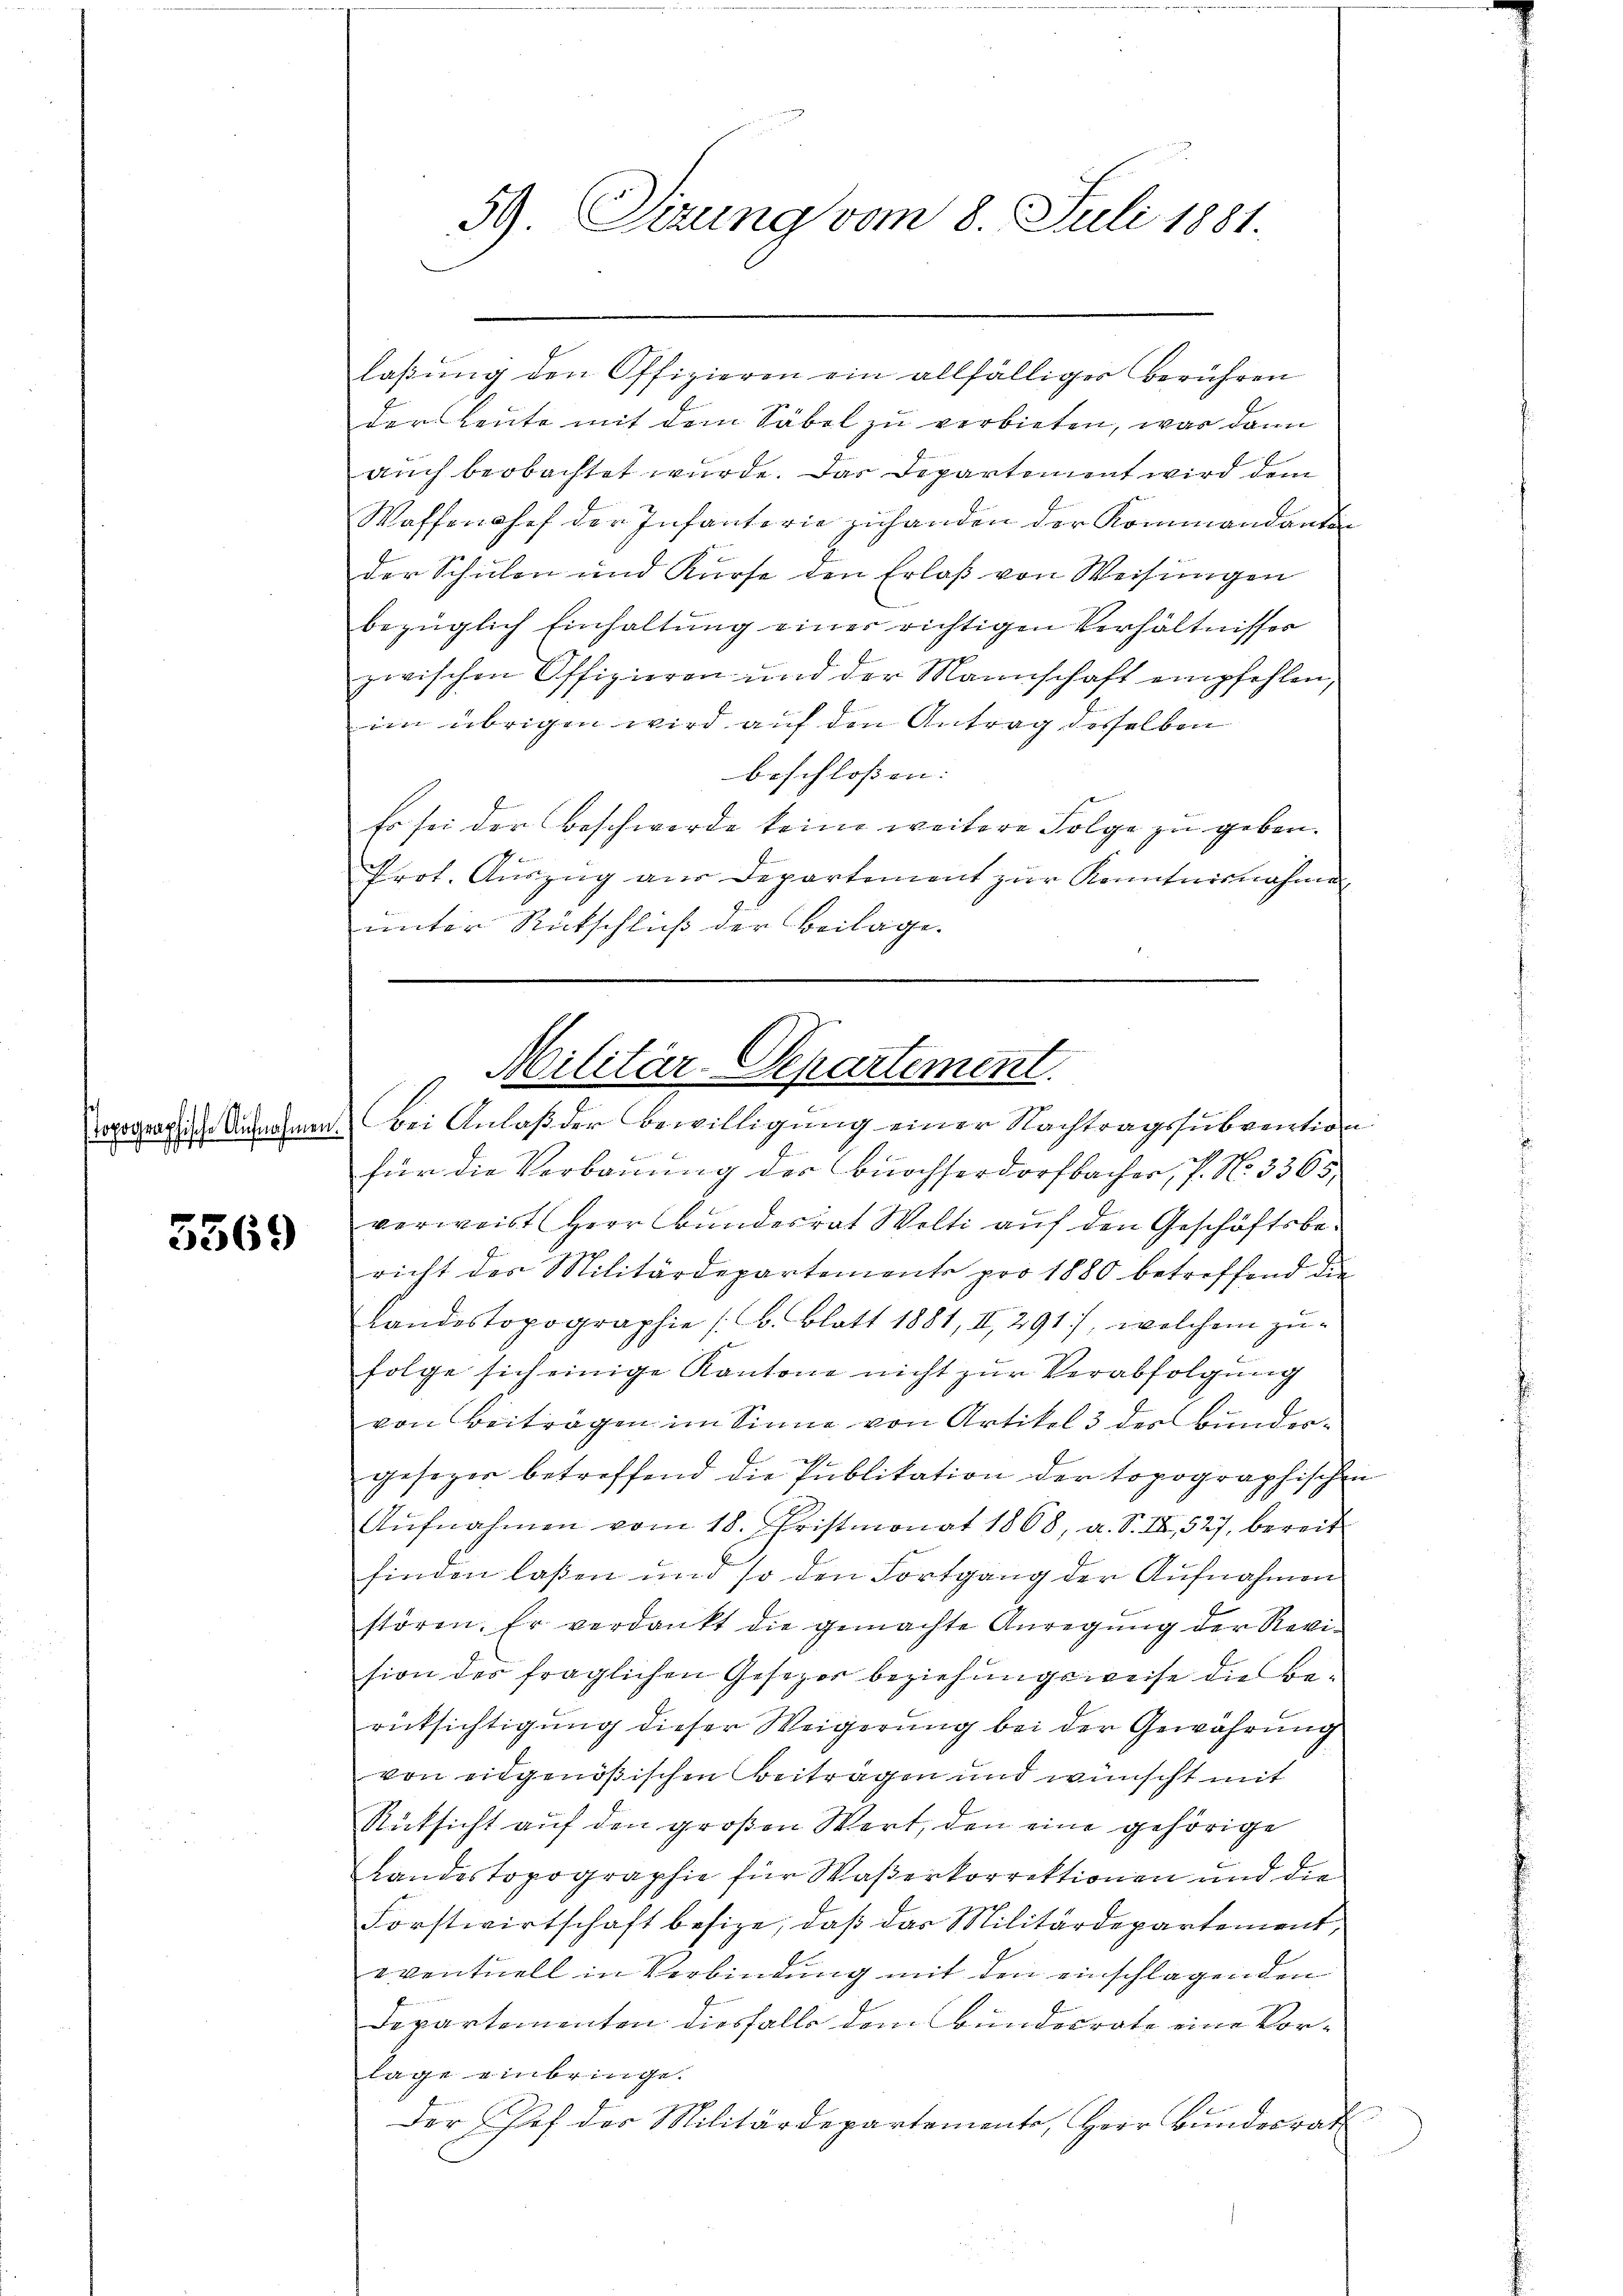
topographische Aufnahmen

3369

59. Sizung vom 8. Juli 1881

laßung den Offizieren ein allfälliger berühren
der Leute mit dem Säbel zu verbieten, was dann
auch beobachtet wurde. Das Departement wird dem
Waffenhof der Infanterie zuhanden der Kommandanten
der Schulen und Kürse den Erlaβ von Weisŭngen
bezüglich Einhaltung einer richtigen Verhältnisser
zwischen Offizieren und der Mannschaft empfehlen,
im übrigen wird auf den Antrag desselben
beschlossen:
Es sei der Beschwerde keine weitere Folge zu geben.
Prot. Aŭszŭg aŭs Departement zŭr Kenntnisnahme
unter Rütschluß der Beilage.
Bei Anlaß der Bewilligung einer Nachtragssubvention
für die Verbauung der Büchserdorfbacher, P. Nr. 3365
verweist (Herr Bundesrat Welti auf den Geschäftsbericht des Militärdepartemente pro 1880 betreffend die
Landestopographie (s. Blatt 1881, II, 291), welchem zufolge sich einige Kantone nicht zur Verabfolgung
von Beiträgen im Sinne von Artikel 3 der Bundere
gesezer betreffend die Publikation der topographischen
Aufnahmen vom 18. Fristmonat 1868, a. S. IX, 527, bereit
finden laßen und so den Fortgang der Aufnahmen
stören. Er verdankt die gemachte Anregung der Revision des fraglichen Gesezer beziehungsweise die Berücksichtigung dieser Weigerung bei der Gewährung
von eidgenößischen Beitragen und wünscht mit
Rücksicht auf den großen Wert, den eine gehörige
Landestopographie für Waßerkorrektionen und die
Forstwirtschaft besize, daβ das Militärdepartement,
eventuell in Verbindung mit den einschlagenden
Departementen diesfalls dem Bundesrate eine Vorlage einbringe.
Der Chef der Militärdepartemente, Herr Bundesrat

Militär-Departement.